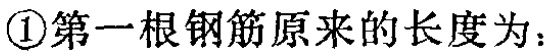
\textcircled{1}第一根钢筋原来的长度为：